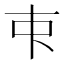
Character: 𬺿